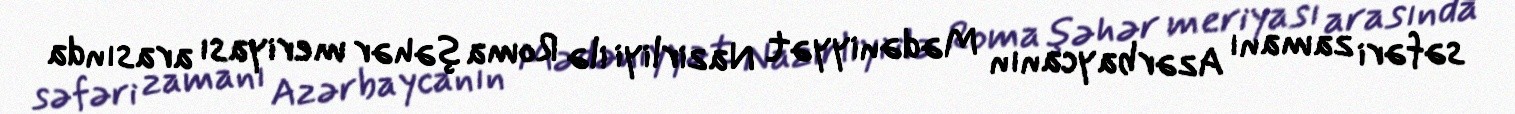
səfəri zamanı Azərbaycanın Mədəniyyət Nazirliyi ilə Roma şəhər meriyası arasında